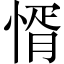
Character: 㥠